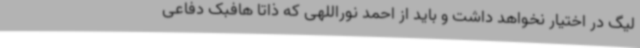
لیگ در اختیار نخواهد داشت و باید از احمد نوراللهی که ذاتا هافبک دفاعی